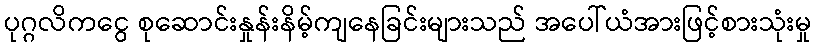
ပုဂ္ဂလိကငွေ စုဆောင်းနှုန်းနိမ့်ကျနေခြင်းများသည် အပေါ်ယံအားဖြင့်စားသုံးမှု